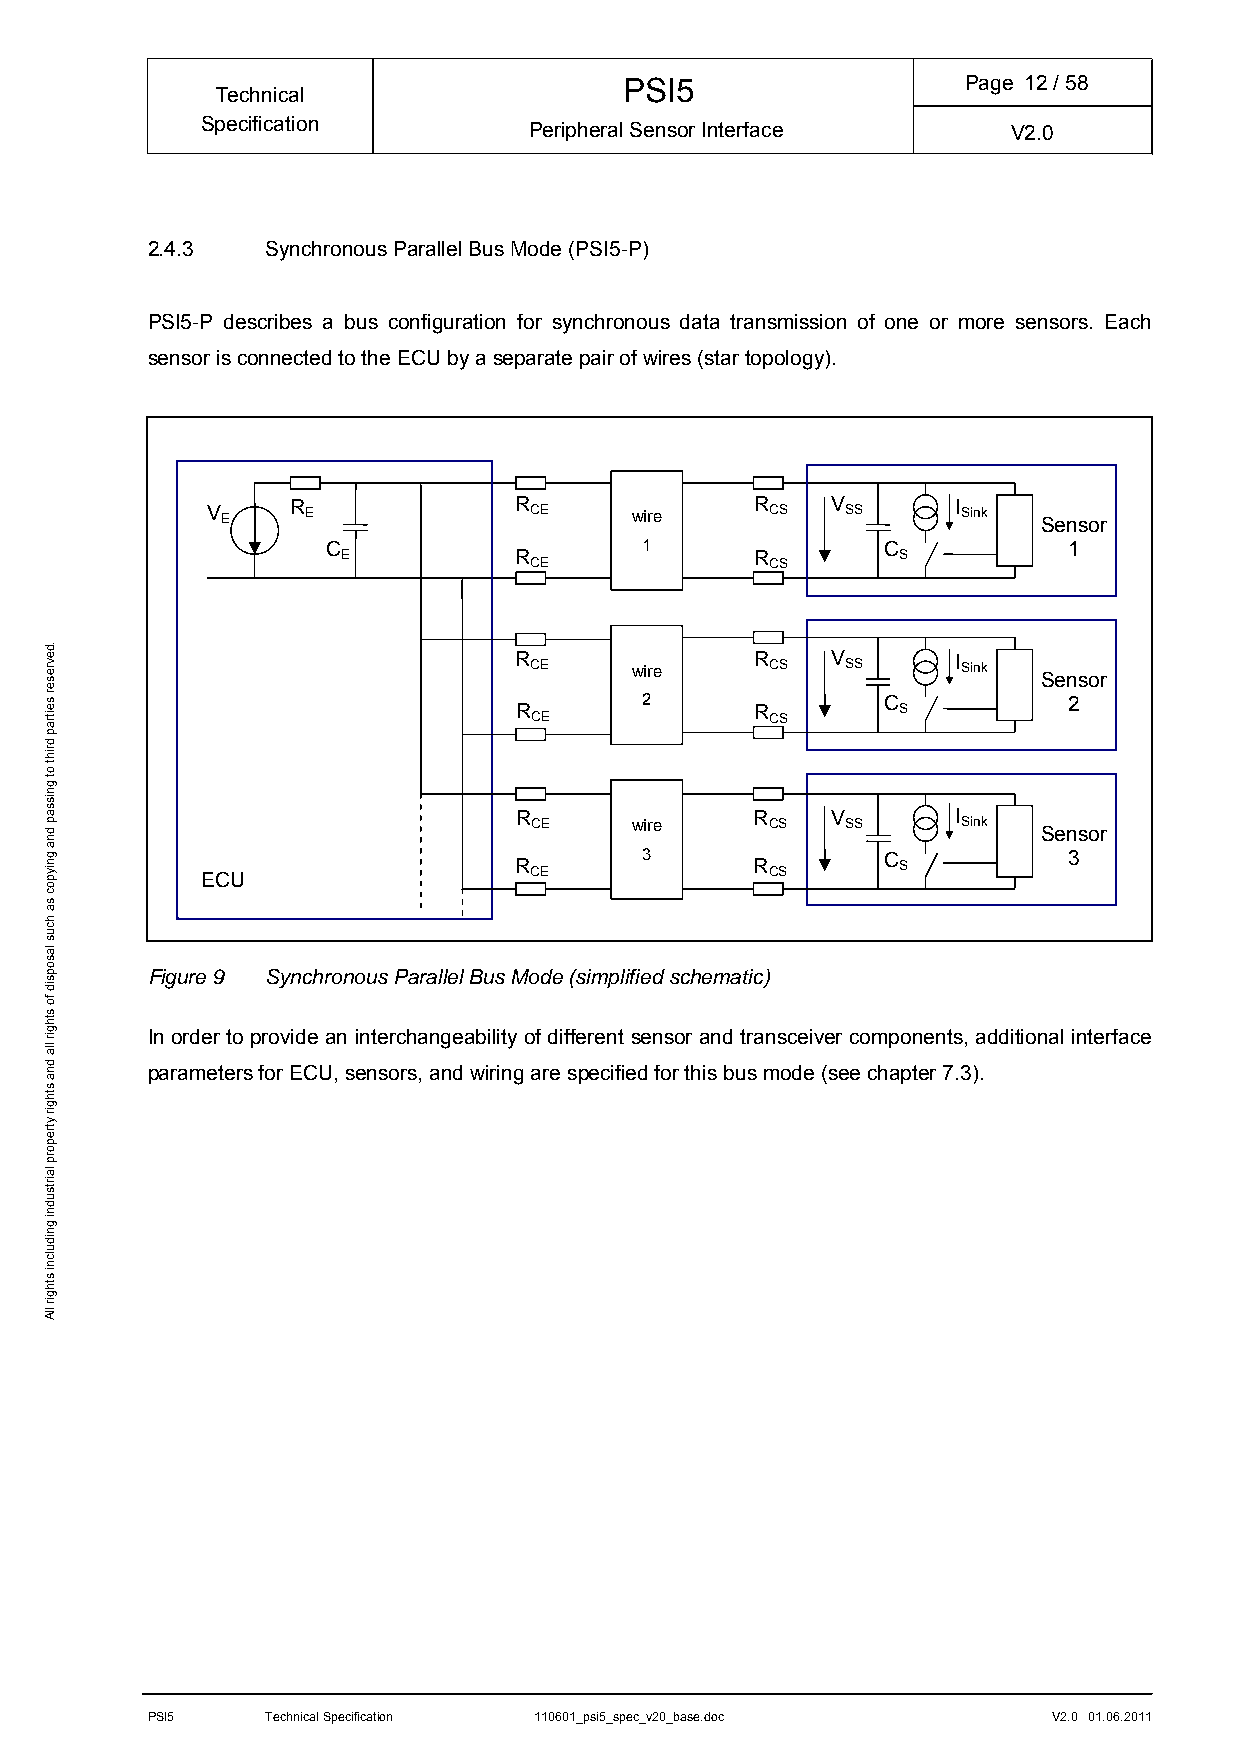
PSI5                   Page 12/ 58
 Technical
 Specification         Peripheral Sensor Interface     V2.0
 2.4.3   Synchronous Parallel Bus Mode (PSI5-P)
 PSI5-P describes a bus configuration for synchronous data transmission of one or more sensors. Each
 sensor is connected to the ECU by a separate pair of wires (star topology).
 V E  R E            R CE    wire    R CS V SS    I Sink Sensor
 C                   1                C           1
 E          R               R         S
 CE              CS
 R CE    wire    R CS V SS    I Sink
 Sensor
 2                C           2 R R S
 CE              CS
 R               R    V       I
 CE     wire     CS   SS      Sink
 Sensor
 ECU                  R CE    3       R CS     C S         3
 Figure 9 Synchronous Parallel Bus Mode (simplified schematic)
 In order to provide an interchangeability of different sensor and transceiver components, additional interface
 parameters for ECU, sensors, and wiring are specified for this bus mode (see chapter 7.3).
 PSI5    Technical Specification 110601_psi5_spec_v20_base.doc V2.0 01.06.2011
 .devreser
 seitrap
 driht
 ot
 gnissap
 dna
 gniypoc
 sa
 hcus
 lasopsid
 fo
 sthgir
 lla
 dna
 sthgir
 ytreporp
 lairtsudni
 gnidulcni
 sthgir
 llA